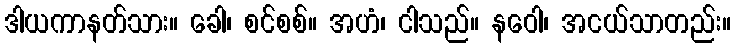
ဒါယကာနတ်သား။ ခေါ၊ စင်စစ်။ အဟံ၊ ငါသည်။ နဝေါ၊ အငယ်သာတည်း။